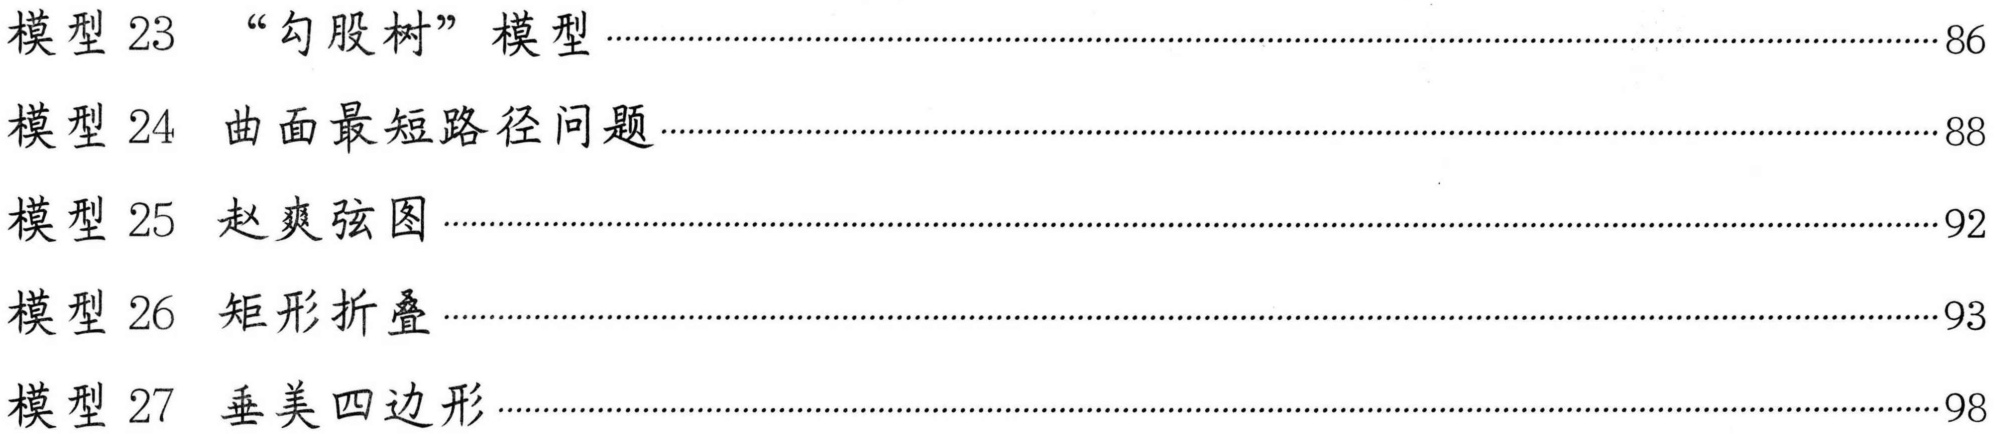
模型 23 “勾股树”模型············································································································································································································································································································································································································································································································································································································································································································································································································································································································································································································································································································································································································································································································································································································································································································································································································································································································································································································································································································································································································································································································································································································································································································································································································································································································································································································································································································································································································································································································································································································································································································································································································································································································································································································································································································································································································································································································································································································································································································································································································································································································································································································································································································································································································································································································································································································································································································································································································································································································································································································································································································································································································································································································································································································································································································································································································································································································································································································································································································································································································································································································································································································································································································································································································································································································································································································································································································································································································································································································································································································································································································································································································································································································································································································································································································································································································································································································································································································································································································································································································································································································································································································································································································································································································································································································